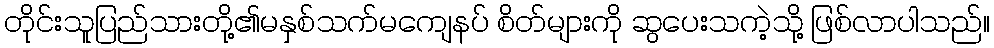
တိုင်းသူပြည်သားတို့၏မနှစ်သက်မကျေနပ် စိတ်များကို ဆွပေးသကဲ့သို့ ဖြစ်လာပါသည်။